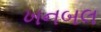
ખનબલ